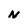
Character: N